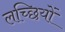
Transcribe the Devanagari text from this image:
लच्छियों